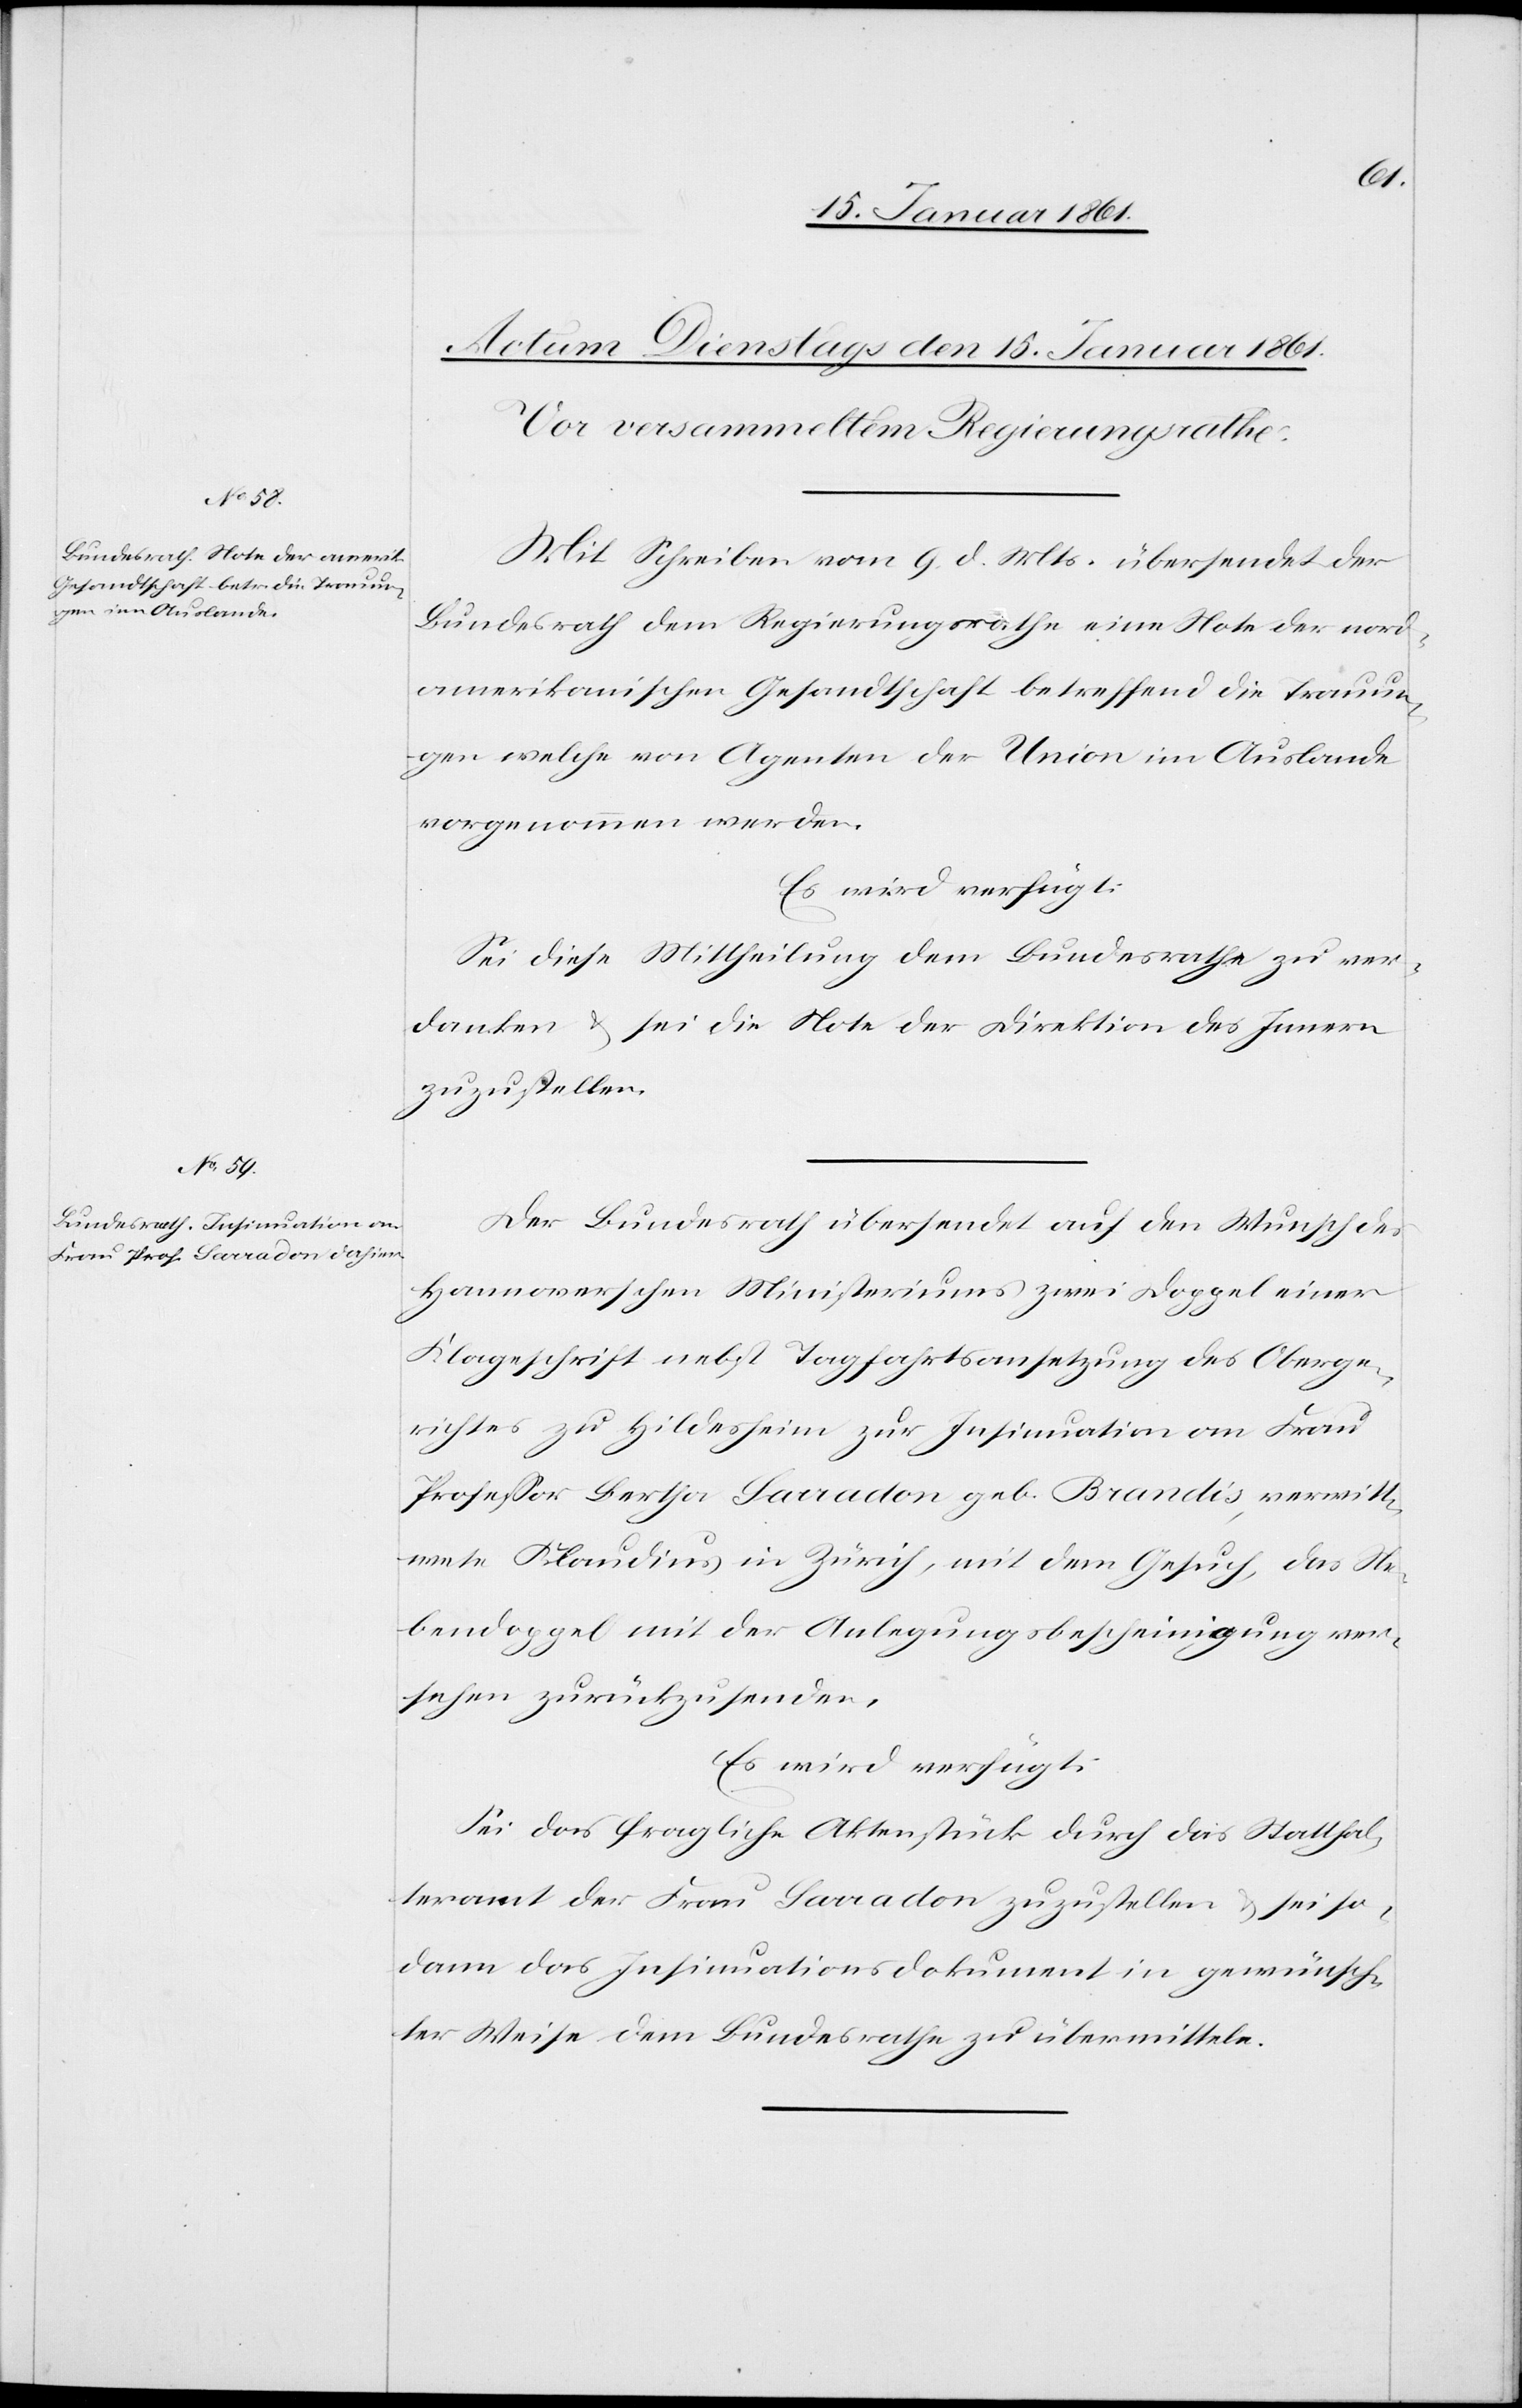
Mit Schreiben vom 9. d. Mts. übersendet der
Bundesrath dem Regierungsrathe eine Note der nord¬
amerikanischen Gesandtschaft betreffend die Trauun¬
gen welche von Agenten der Union im Auslande
vorgenommen werden.
Es wird verfügt:
Sei diese Mittheilung dem Bundesrathe zu ver¬
danken u. sei die Note der Direktion des Innern
zuzustellen.
Der Bundesrath übersendet auf den Wunsch des
Hannoverschen Ministeriums zwei Doppel einer
Klageschrift nebst Tagfahrtsansetzung des Oberge¬
richtes zu Hildesheim zur Insinuation an Frau
Professor Bertha Sarradon geb. Brandis, verwitt¬
wete Klaudius in Zürich, mit dem Gesuch, das Ne¬
bendoppel mit der Anlegungsbescheinigung ver¬
sehen zurückzusenden.
Es wird verfügt:
Sei das fragliche Aktenstück durch das Statthal¬
teramt der Frau Sarradon zuzustellen u. sei so¬
dann das Insinuationsdokument in gewünsch¬
ter Weise dem Bundesrathe zu übermitteln.